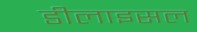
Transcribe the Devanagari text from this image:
डीलाइसल